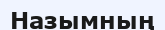
Назымның